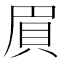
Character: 𮙸